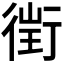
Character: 𧗲